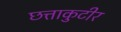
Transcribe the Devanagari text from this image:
छत्ताकुटीर